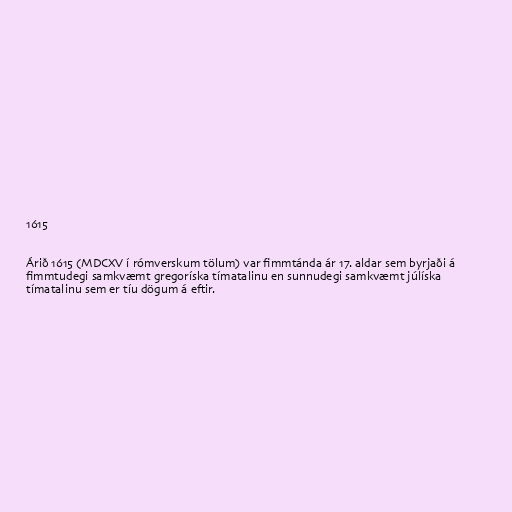
1615

Árið 1615 (MDCXV í rómverskum tölum) var fimmtánda ár 17. aldar sem byrjaði á
fimmtudegi samkvæmt gregoríska tímatalinu en sunnudegi samkvæmt júlíska
tímatalinu sem er tíu dögum á eftir.